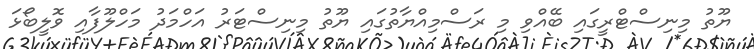
ޔޫތު މިނިސްޓްރީގައި ބޭއްވި މި ރަސްމިއްޔާތުގައި ޔޫތު މިނިސްޓަރު އަހްމަދު މަހްލޫފާއި ވޮލީބޯޅަ